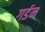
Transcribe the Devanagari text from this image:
गर्डन